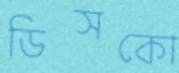
ডিসকো